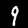
Digit: 9